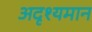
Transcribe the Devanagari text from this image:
अदृश्यमान